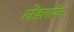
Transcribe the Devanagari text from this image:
लेंडलॉक